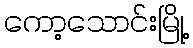
ကော့သောင်းမြို့